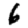
Digit: 6